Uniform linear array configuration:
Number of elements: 64
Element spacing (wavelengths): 0.5
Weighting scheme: binomial
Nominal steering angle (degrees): -60
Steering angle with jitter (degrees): -58.743
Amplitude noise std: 0.05
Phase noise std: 0.05

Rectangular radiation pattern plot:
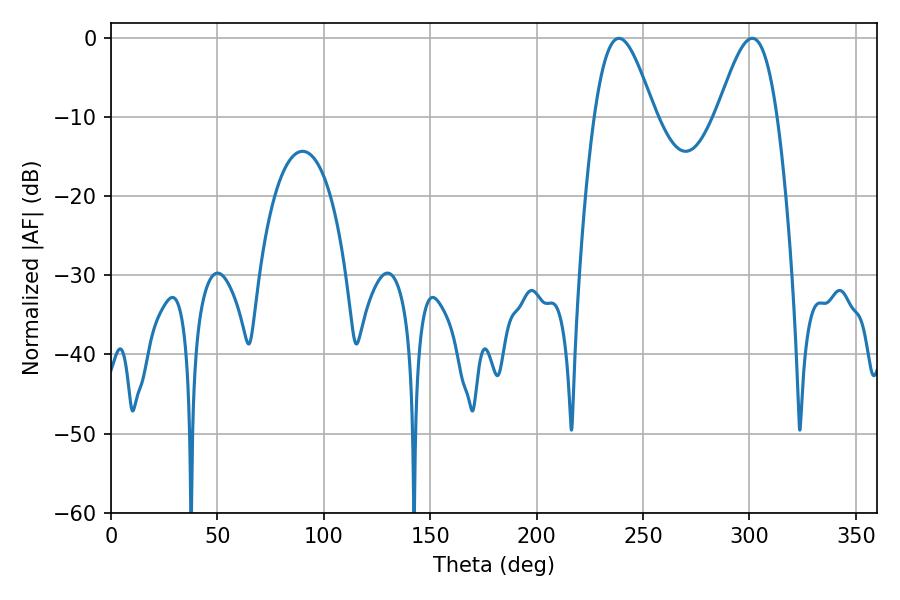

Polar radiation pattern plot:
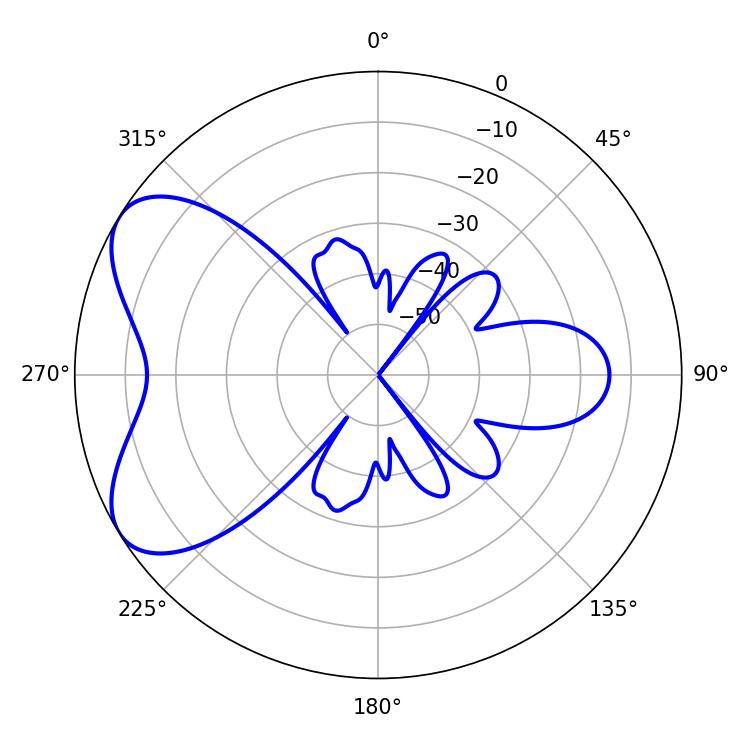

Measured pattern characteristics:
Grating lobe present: FALSE
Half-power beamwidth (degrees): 14.94
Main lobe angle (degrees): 238.68